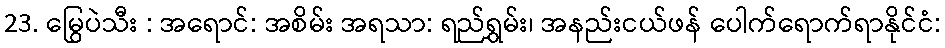
23. မြွေပဲသီး : အရောင်: အစိမ်း အရသာ: ရည်ရွှမ်း၊ အနည်းငယ်ဖန် ပေါက်ရောက်ရာနိုင်ငံ: